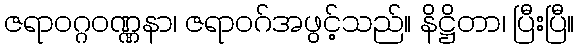
ဇရာဝဂ္ဂဝဏ္ဏနာ၊ ဇရာဝဂ်အဖွင့်သည်။ နိဋ္ဌိတာ၊ ပြီးပြီ။